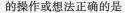
的操作或想法正确的是